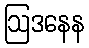
ဩဒနေန